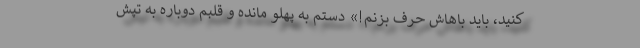
کنید، باید باهاش حرف بزنم!» دستم به پهلو مانده و قلبم دوباره به تپش